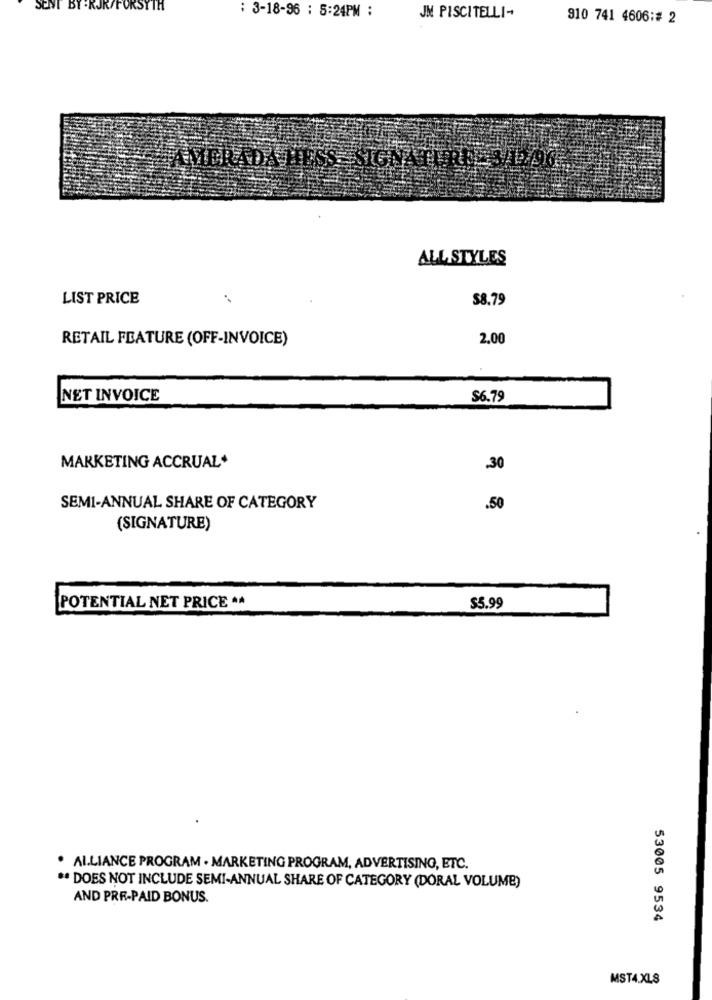
SENT BY-RJR/FORSYTH
: 3-18-96 : 5:24PM :
JM PISCITELLI-
910 741 4606:# 2
ALL STYLES
LIST PRICE
$8.79
RETAIL FEATURE (OFF-INVOICE)
2.00
NET INVOICE
$6.79
MARKETING ACCRUAL*
.30
SEMI-ANNUAL SHARE OF CATEGORY
.50
(SIGNATURE)
POTENTIAL NET PRICE **
$5.99
· ALLIANCE PROGRAM . MARKETING PROGRAM, ADVERTISING, ETC.
* DOES NOT INCLUDE SEMI-ANNUAL SHARE OF CATEGORY (DORAL VOLUME)
AND PRE-PAID BONUS.
53005 9534
MST4.XLS